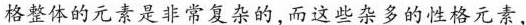
格整体的元素是非常复杂的,而这些杂多的性格元素，